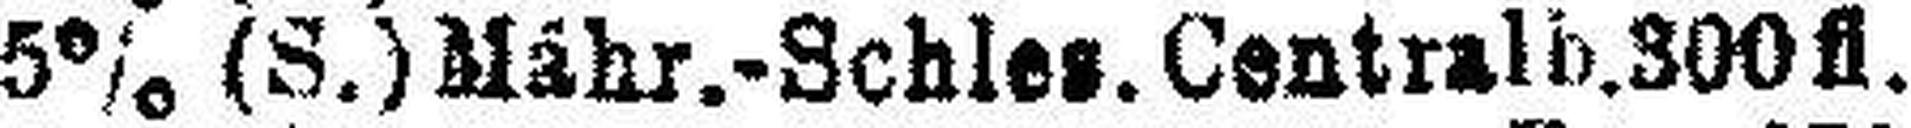
5% (S.) Mähr.-Schles. Centralb.300fl.